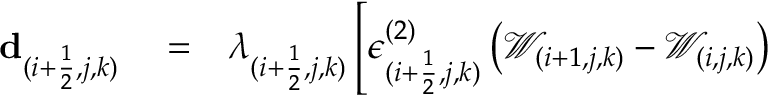
\begin{array} { r l r } { \mathbf { d } _ { ( i + \frac { 1 } { 2 } , j , k ) } } & { { } = } & { \lambda _ { ( i + \frac { 1 } { 2 } , j , k ) } \left[ \epsilon _ { ( i + \frac { 1 } { 2 } , j , k ) } ^ { ( 2 ) } \left( \mathcal { W } _ { ( i + 1 , j , k ) } - \mathcal { W } _ { ( i , j , k ) } \right) \right. } \end{array}